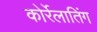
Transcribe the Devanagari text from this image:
कोर्रेलातिंग